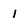
Character: 1